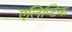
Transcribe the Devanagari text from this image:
एलिप्टिक